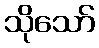
သိုသော်